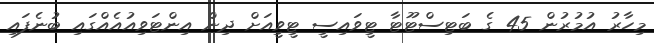
މިހާރު އުމުރުން 45 ގެ ބަޓިސްޓޫޓާ ޓީވައިސީ ޓީވީއަށް ދިން އިންޓަވިއުއެއްގައި ބުނެފައި